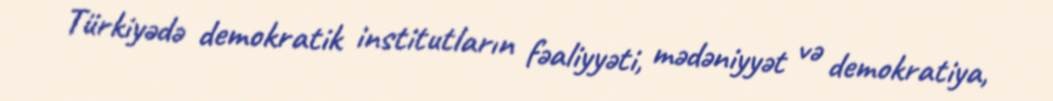
Türkiyədə demokratik institutların fəaliyyəti, mədəniyyət və demokratiya,